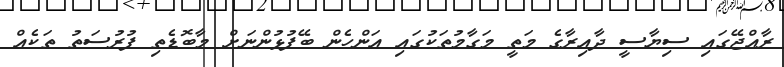
ރާއްޖޭގައި ސިޔާސީ ދާއިރާގެ މަތީ މަގާމުތަކުގައި އަންހެން ބޭފުޅުންނަށް މާބޮޑެތި ފުރުސަތު ތަކެއް